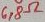
Text: 6,8Ω